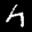
Label: 4